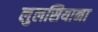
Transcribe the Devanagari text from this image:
लुलसियाना